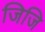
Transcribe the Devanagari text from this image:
जिजि